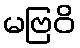
မဗြဝိ